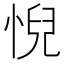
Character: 𢞌